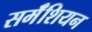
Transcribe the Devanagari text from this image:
सर्मॅशियन